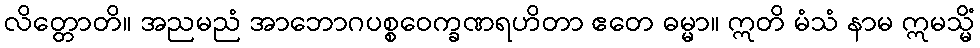
လိတ္တောတိ။ အညမညံ အာဘောဂပစ္စဝေက္ခဏရဟိတာ ဧတေ ဓမ္မာ။ ဣတိ မံသံ နာမ ဣမသ္မိံ